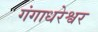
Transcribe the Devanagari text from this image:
गंगाधरेश्वर